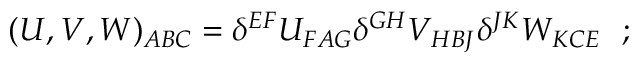
( U , V , W ) _ { A B C } = \delta ^ { E F } U _ { F A G } \delta ^ { G H } V _ { H B J } \delta ^ { J K } W _ { K C E } \ \ ;